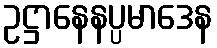
ဥဋ္ဌာနေနပ္ပမာဒေန